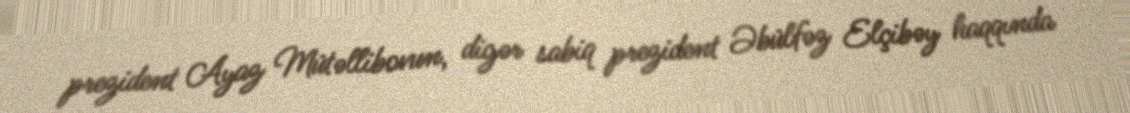
prezident Ayaz Mütəllibovun, digər sabiq prezident Əbülfəz Elçibəy haqqında